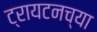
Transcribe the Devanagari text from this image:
ट्रायटनच्या